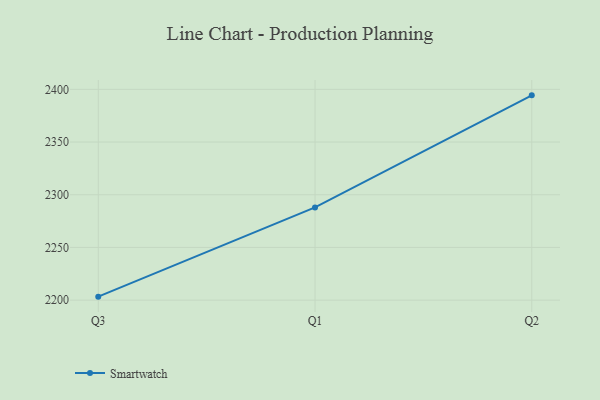
{"axis": {"x": "Quarter", "y": "Headcount"}, "legend": ["Smartwatch"], "data": [{"x": "Q3", "y": 2203.3, "type": "Smartwatch"}, {"x": "Q1", "y": 2288.0, "type": "Smartwatch"}, {"x": "Q2", "y": 2394.3, "type": "Smartwatch"}]}